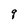
Character: q